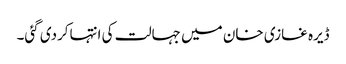
ڈیرہ غازی خان میں جہالت کی انتہاکردی گئی۔